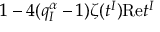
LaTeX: \, 1 - 4 ( q _ { I } ^ { \alpha } - 1 ) \zeta ( t ^ { I } ) \mathrm { R e } t ^ { I } \,